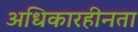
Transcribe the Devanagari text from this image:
अधिकारहीनता